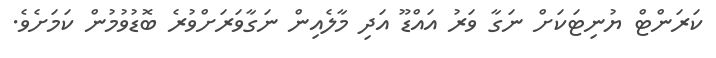
ކަރަންޓް ޔުނިޓަކަށް ނަގާ ވަރު އައްޑޫ އަދި މާލެއިން ނަގާވަރަށްވުރެ ބޮޑުވުމުން ކަމަށެވެ.